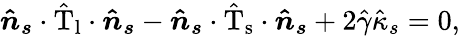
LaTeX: \boldsymbol{\hat{n}_{s}}\cdot\mathrm{\hat{T}_{l}}\cdot\boldsymbol{\hat{n}_{s}}-\boldsymbol{\hat{n}_{s}}\cdot\mathrm{\hat{T}_{s}}\cdot\boldsymbol{\hat{n}_{s}}+2\hat{\gamma}\hat{\kappa}_{s}=0,